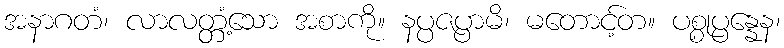
အနာဂတံ၊ လာလတ္တံ့သော အစာကို။ နပ္ပဇပ္ပာမိ၊ မတောင့်တ။ ပစ္စုပ္ပန္နေန၊